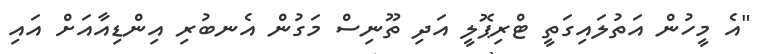
"އެ މީހުން އަތުލައިގަތީ ޓްރިޕޮލީ އަދި ތޫނިސް މަގުން އެނބުރި އިންޑިއާއަށް އައި